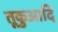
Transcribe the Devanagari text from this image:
तूकुआदि